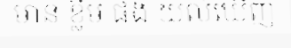
មាន ខ្លឹម ផង យល់ឃើញ